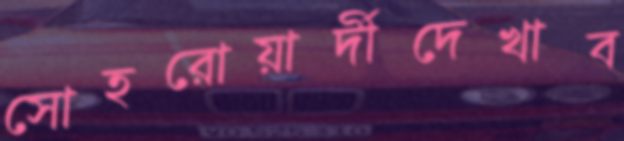
সোহরোয়ার্দীদেখাব